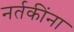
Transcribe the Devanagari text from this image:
नर्तकींना